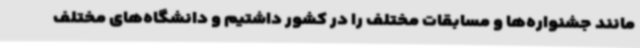
مانند جشنواره‌ها و مسابقات مختلف را در کشور داشتیم و دانشگاه‌های مختلف